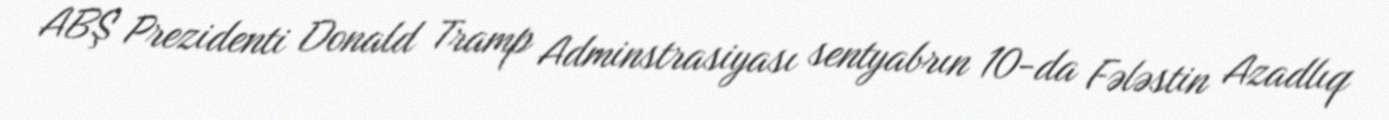
ABŞ Prezidenti Donald Tramp Adminstrasiyası sentyabrın 10-da Fələstin Azadlıq